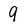
Character: 9